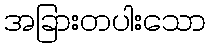
အခြားတပါးသော